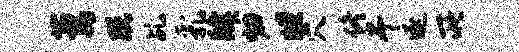
萋既乩乳肄归“穴佟干逐所